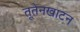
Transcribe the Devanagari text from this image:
तूतेनखाटन